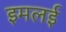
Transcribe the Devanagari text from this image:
इमलई